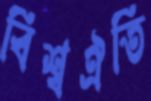
বিশ্বঐতি